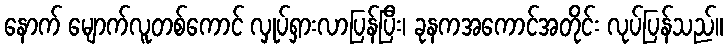
နောက် မျောက်လူတစ်ကောင် လှုပ်ရှားလာပြန်ပြီး၊ ခုနကအကောင်အတိုင်း လုပ်ပြန်သည်။